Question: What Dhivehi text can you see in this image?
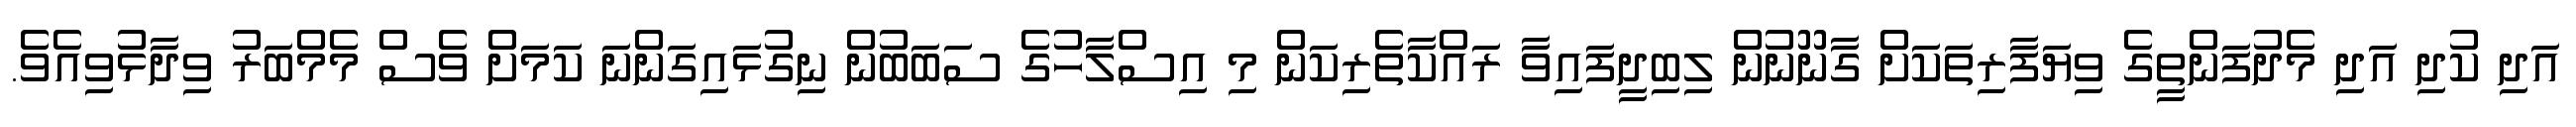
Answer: އަދި ކުދި އަދި މެދުފަންތީގެ ވިޔަފާރިތަކަށް ގާނޫނުން ލިބިދީފައިވާ ރައްކާތެރިކަން މި އިސްލާހުގެ ސަބަބުން ނިގުޅައިގަންނަ ކަމަށް ވެސް މެމްބަރު ވިދާޅުވިއެވެ.